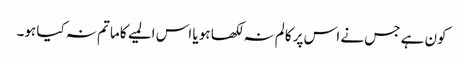
کون ہے جس نے اس پر کالم نہ لکھا ہو یا اس المیے کا ماتم نہ کیا ہو۔